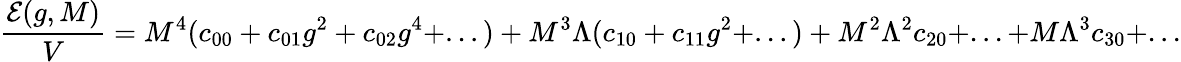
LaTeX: \frac{{\cal E}(g,M)}{V}=M^{4}(c_{00}+c_{01}g^{2}+c_{02}g^{4}+...)+M^{3}\Lambda(c_{10}+c_{11}g^{2}+...)+M^{2}\Lambda^{2}c_{20}+...+M\Lambda^{3}c_{30}+...